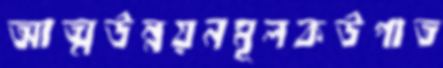
আত্মউন্নয়নমূলকউপাত